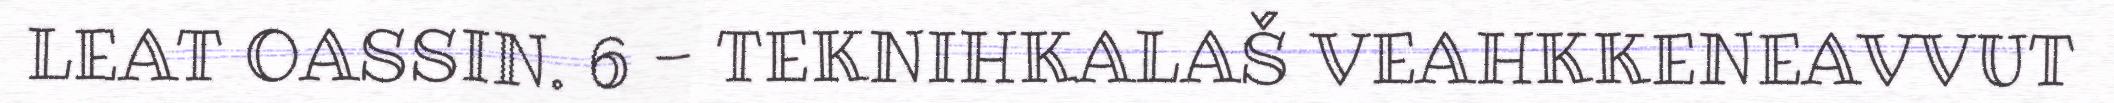
LEAT OASSIN. 6 - TEKNIHKALAŠ VEAHKKENEAVVUT